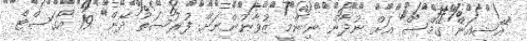
"އޭޝިއަން ގޭމްސް އަށް ނުދާން ނިންމީ ޒުވާނުންނަށް ފުރުސަތު ދޭން" 19 އޯގަސްޓް